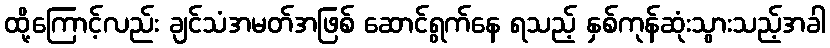
ထို့ကြောင့်လည်း ချင်သံအမတ်အဖြစ် ဆောင်ရွက်နေ ရသည့် နှစ်ကုန်ဆုံးသွားသည့်အခါ